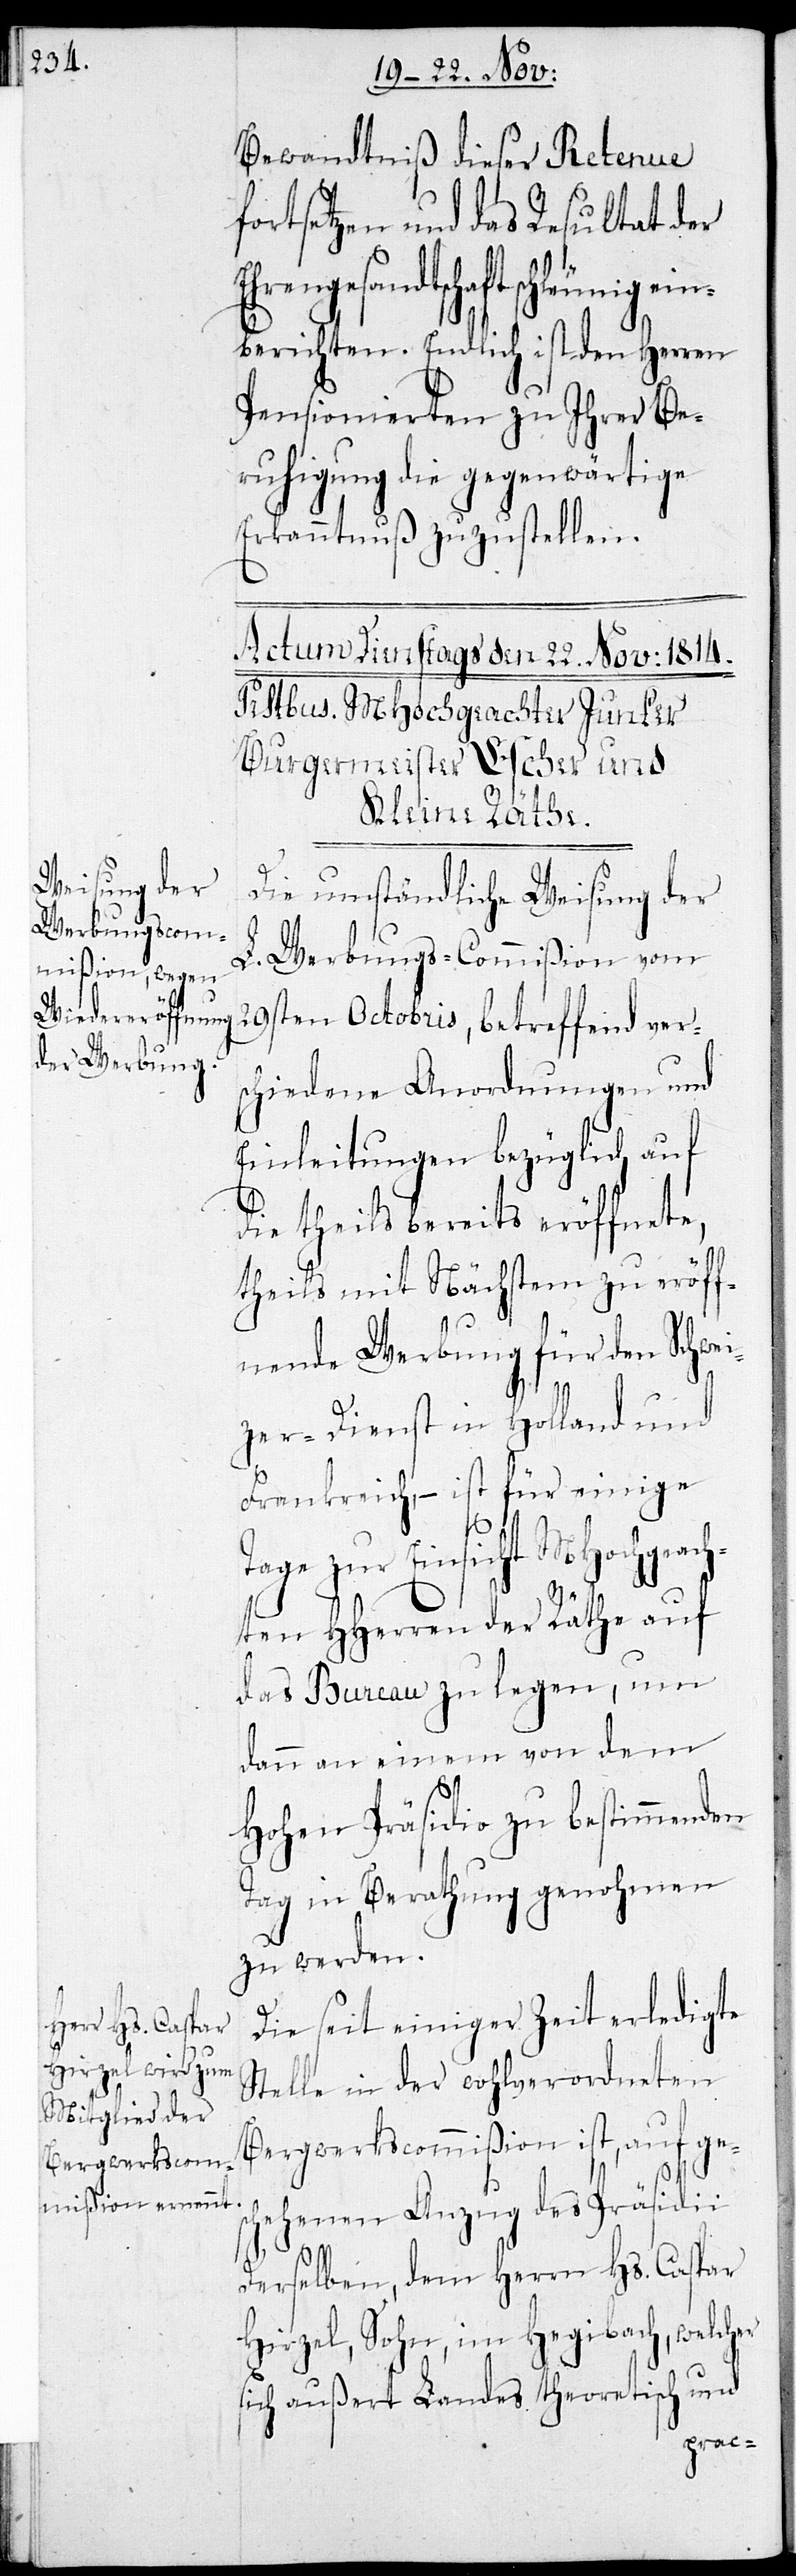
Bewandtniß dieser Retenue
fortsetzen und das Resultat der
rengesandtschaft schleun¬
berichten. Endlich ist den Herren
Pensionierten zu ihrer Be¬
ruhigung die gegenwärtige
Erkanntnuß zuzustellen.
Die umständliche Weisung der
L. Werbungs-Commißion vom
29sten Octobris, betreffend vers¬
chiedene Anordnungen und
Einleitungen bezüglich auf
die theils bereits eröffnete,
theils mit Nächstem zu eröff¬
nende Werbung für den Schwe¬
izer-Dienst in Holland und
Frankreich, – ist für einige
Eh¬
Tage zur Einsicht MHochgeach¬
ten HHerren der Räthe auf
das Bureau zu legen, um
dann an einem von dem
Hohen Präsidio zu bestimmenden
Tag in Berathung genohmen
zu werden.
Die seit einiger Zeit erledigte
Stelle in der wohlverordneten
Bergwerkscommißion ist, auf ges¬
chehenen Anzug des Präsidii
derselben, dem Herrn Hs. Caspar
Hirzel, Sohn, in Hegibach, welcher
sich außert Landes theoretisch und
ig ein¬